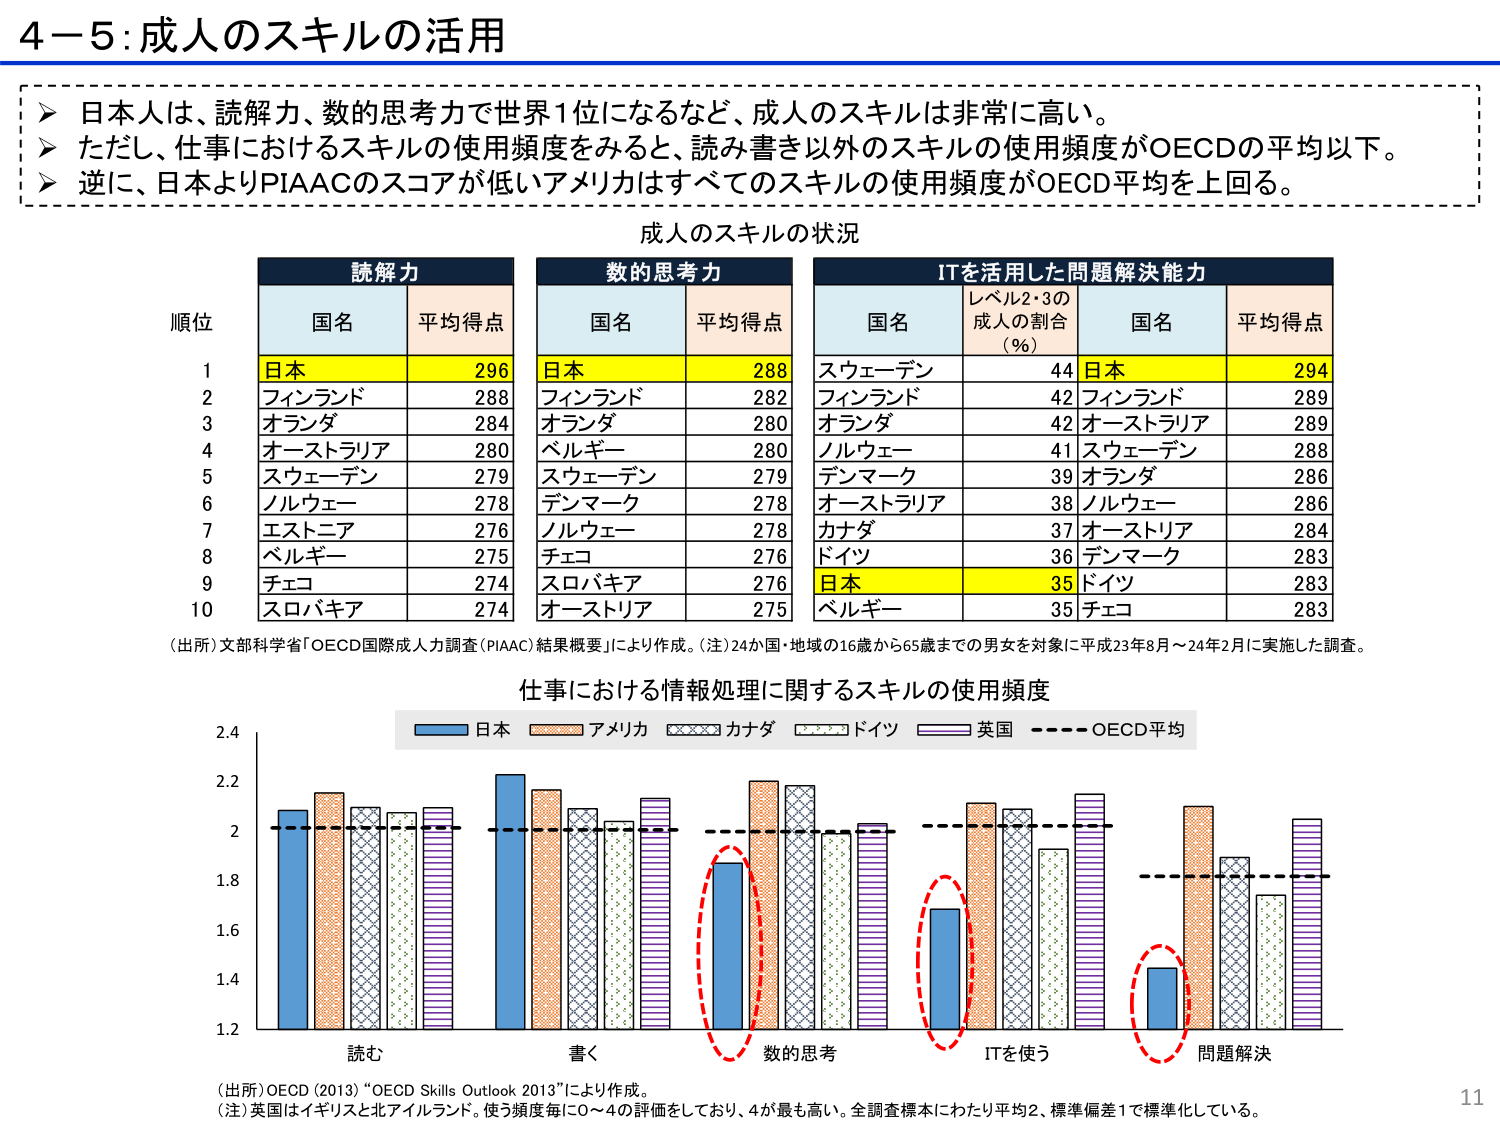
4－5：成人のスキルの活用

➤ 日本人は、読解力、数的思考力で世界1位になるなど、成人のスキルは非常に高い。
➤ ただし、仕事におけるスキルの使用頻度をみると、読み書き以外のスキルの使用頻度がOECDの平均以下。
➤ 逆に、日本よりPIAACのスコアが低いアメリカはすべてのスキルの使用頻度がOECD平均を上回る。

成人のスキルの状況

読解力
順位　国名　平均得点
1　日本　296
2　フィンランド　288
3　オランダ　284
4　オーストラリア　280
5　スウェーデン　279
6　ノルウェー　278
7　エストニア　276
8　ベルギー　275
9　チェコ　274
10　スロバキア　274

数的思考力
国名　平均得点
日本　288
フィンランド　282
オランダ　280
ベルギー　280
スウェーデン　279
デンマーク　278
ノルウェー　278
チェコ　276
スロバキア　276
オーストリア　275

ITを活用した問題解決能力
国名　レベル2・3の成人の割合（％）　国名　平均得点
スウェーデン　44　日本　294
フィンランド　42　フィンランド　289
オランダ　42　オーストラリア　289
ノルウェー　41　スウェーデン　288
デンマーク　39　オランダ　286
オーストリア　38　ノルウェー　286
カナダ　37　オーストリア　284
ドイツ　36　デンマーク　283
日本　35　ドイツ　283
ベルギー　35　チェコ　283

（出所）文部科学省「OECD国際成人力調査（PIAAC）結果概要」により作成。（注）24か国・地域の16歳から65歳までの男女を対象に平成23年8月～24年2月に実施した調査。

仕事における情報処理に関するスキルの使用頻度
（日本：青色、アメリカ：オレンジ色、カナダ：斜線、ドイツ：点線、英国：縦縞、OECD平均：破線）

読む　書く　数的思考　ITを使う　問題解決

（出所）OECD（2013）“OECD Skills Outlook 2013”により作成。
（注）英国はイギリスと北アイルランド。使う頻度毎に0～4の評価をしており、4が最も高い。全調査標本にわたり平均2、標準偏差1で標準化している。

11